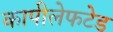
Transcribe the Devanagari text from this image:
कापीलेफटेड